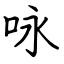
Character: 咏